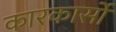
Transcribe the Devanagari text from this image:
कारकार्सो